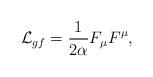
LaTeX: \begin{align*}{\cal L}_{gf}=\frac 1{2\alpha }F_\mu F^\mu , \end{align*}